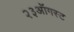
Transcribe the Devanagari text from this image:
२३ऑगस्ट